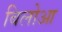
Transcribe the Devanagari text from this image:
बिलोआ